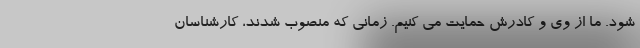
شود. ما از وی و کادرش حمایت می کنیم. زمانی که منصوب شدند، کارشناسان